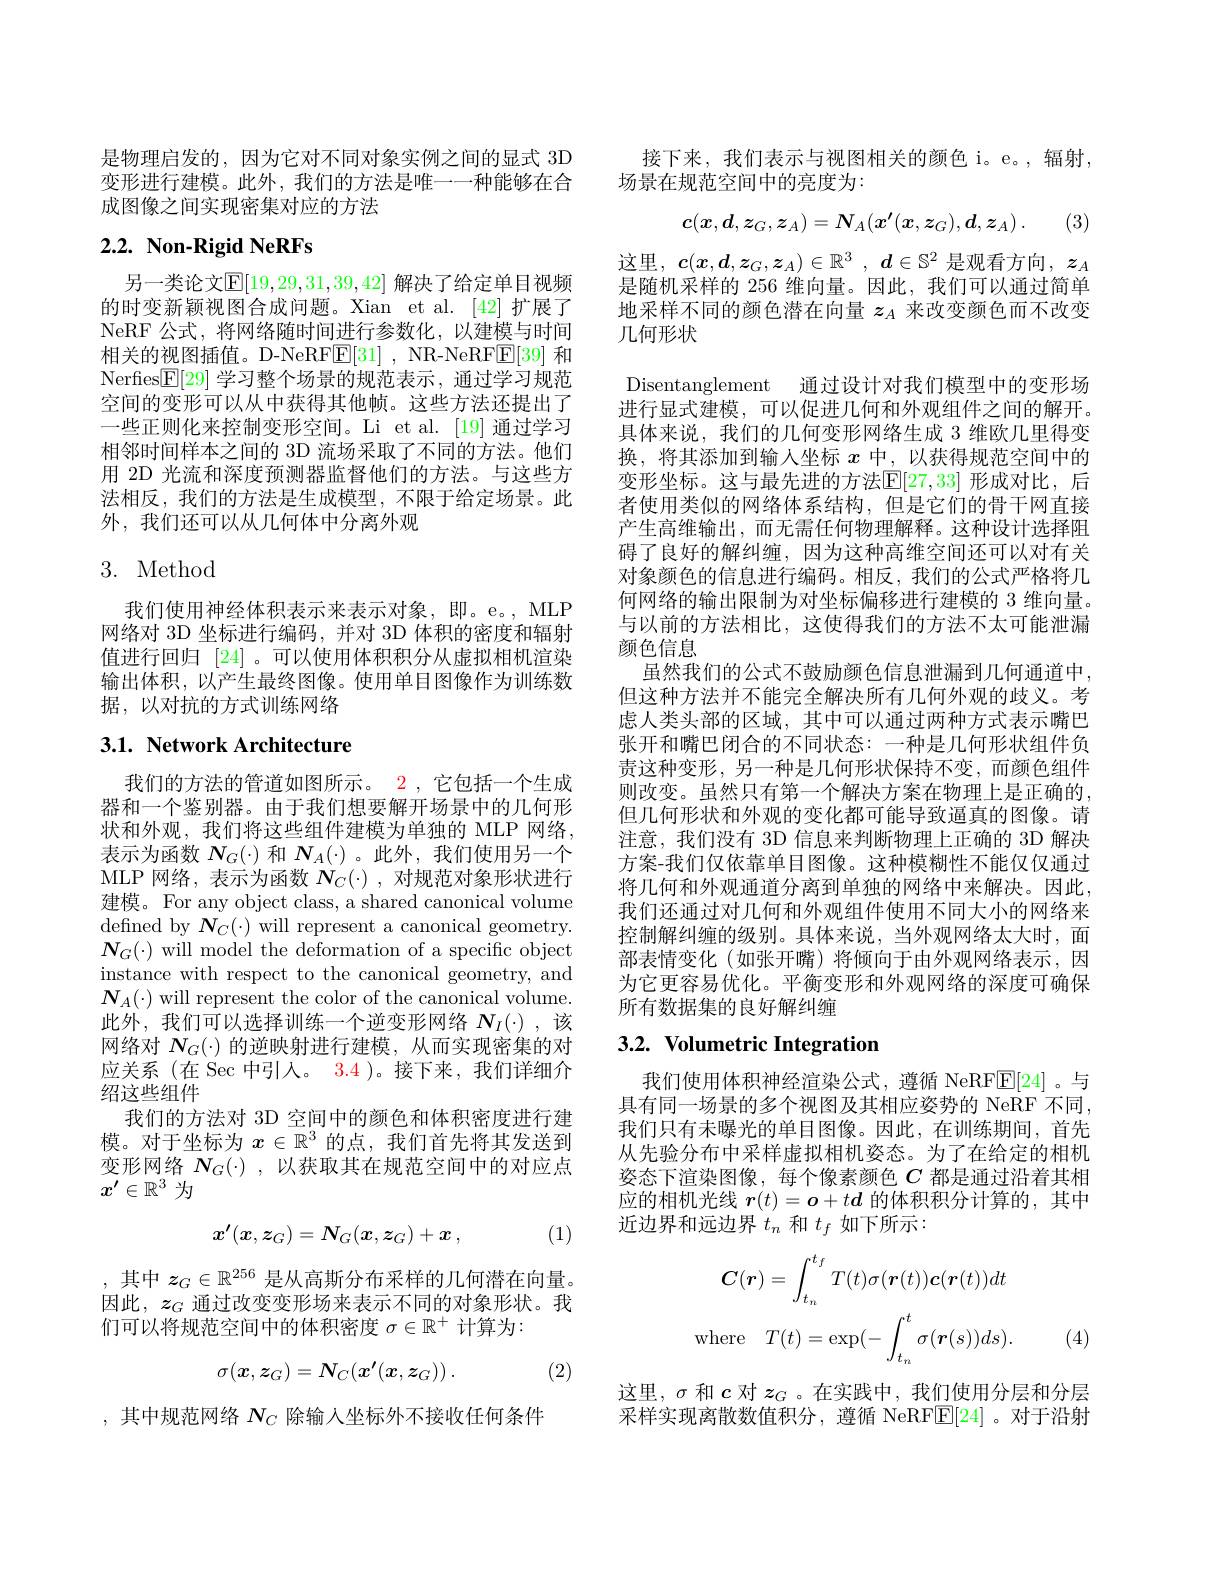
是物理启发的，因为它对不同对象实例之间的显式 3D 变形进行建模。此外，我们的方法是唯一一种能够在合成图像之间实现密集对应的方法

# 2.2. Non-Rigid NeRFs

另一类论文$\mathbb{E}[19,29,31,39,42]$ 解决了给定单目视频的时变新颖视图合成问题。Xian et al. [42] 扩展了NeRF 公式，将网络随时间进行参数化，以建模与时间相关的视图插值。D-NeRF$\mathbb{E}[31]$, NR-NeRFE[39] 和Nerfes$\boxed{\mathbb{F}}[29]$学习整个场景的规范表示，通过学习规范空间的变形可以从中获得其他帧。这些方法还提出了一些正则化来控制变形空间。Li et al.[19] 通过学习相邻时间样本之间的 3D 流场采取了不同的方法。他们用 2D 光流和深度预测器监督他们的方法。与这些方法相反，我们的方法是生成模型，不限于给定场景。此外，我们还可以从几何体中分离外观

# 3. Method

我们使用神经体积表示来表示对象，即。e。,MLP 网络对 3D 坐标进行编码，并对 3D 体积的密度和辐射值进行回归 [24] 。可以使用体积积分从虚拟相机渲染输出体积，以产生最终图像。使用单目图像作为训练数据，以对抗的方式训练网络

## 3.1. Network Architecture

我们的方法的管道如图所示。2, 它包括一个生成器和一个鉴别器。由于我们想要解开场景中的几何形状和外观，我们将这些组件建模为单独的 MLP 网络， 表示为函数$N_G(\cdot)$和$N_A(\cdot)$ 。此外，我们使用另一个MLP网络，表示为函数$N_C(\cdot)$,对规范对象形状进行建模。For any object class, a shared canonical volume defined by $\boldsymbol{N}_C(\cdot)$ will represent a canonical geometry. $N_G(\cdot)$ will model the deformation of a specific object instance with respect to the canonical geometry, and $\boldsymbol{N}_{A}(\cdot)$ will represent the color of the canonical volume. 此外，我们可以选择训练一个逆变形网络$N_I(\cdot)$,该网络对$\boldsymbol{N}_G(\cdot)$的逆映射进行建模，从而实现密集的对应关系 (在 Sec 中引入。3.4 )。接下来，我们详细介绍这些组件
我们的方法对 3D 空间中的颜色和体积密度进行建模。对于坐标为$x\in\mathbb{R}^3$的点，我们首先将其发送到变形网络$N_G(\cdot)$,以获取其在规范空间中的对应点$x^{\prime}\in\mathbb{R}^3$为
$$x'(x,z_G)=N_G(x,z_G)+x\:,$$
(1)

,其中$z_G\in\mathbb{R}^{256}$是从高斯分布采样的几何潜在向量。因此，$z_G$通过改变变形场来表示不同的对象形状。我们可以将规范空间中的体积密度$\sigma\in\mathbb{R}^+$计算为：
$$\sigma(\boldsymbol{x},\boldsymbol{z}_G)=\boldsymbol{N}_C(\boldsymbol{x}'(\boldsymbol{x},\boldsymbol{z}_G))\:.$$
(2)

,其中规范网络$N_C$除输入坐标外不接收任何条件

接下来，我们表示与视图相关的颜色 i。e。,辐射
场景在规范空间中的亮度为：
$$\boldsymbol{c}(\boldsymbol{x},\boldsymbol{d},\boldsymbol{z}_G,\boldsymbol{z}_A)=\boldsymbol{N}_A(\boldsymbol{x}'(\boldsymbol{x},\boldsymbol{z}_G),\boldsymbol{d},\boldsymbol{z}_A)\:.$$
(3)

这里，$c(x,d,z_G,z_A)\in\mathbb{R}^3,d\in\mathbb{S}^2$是观看方向，$z_A$ 是随机采样的 256 维向量。因此，我们可以通过简单地采样不同的颜色潜在向量$z_A$来改变颜色而不改变几何形状

Disentanglement 通过设计对我们模型中的变形场进行显式建模，可以促进几何和外观组件之间的解开。具体来说，我们的几何变形网络生成 3 维欧儿里得变换，将其添加到输入坐标$x$中，以获得规范空间中的变形坐标。这与最先进的方法$\mathbb{E}[27,33]$ 形成对比，后者使用类似的网络体系结构，但是它们的骨干网直接产生高维输出，而无需任何物理解释。这种设计选择阻碍了良好的解纠缠，因为这种高维空间还可以对有关对象颜色的信息进行编码。相反，我们的公式严格将几何网络的输出限制为对坐标偏移进行建模的 3 维向量。与以前的方法相比，这使得我们的方法不太可能泄漏颜色信息
虽然我们的公式不鼓励颜色信息泄漏到几何通道中， 但这种方法并不能完全解决所有几何外观的歧义。考虑人类头部的区域，其中可以通过两种方式表示嘴巴张开和嘴巴闭合的不同状态：一种是几何形状组件负责这种变形，另一种是几何形状保持不变，而颜色组件则改变。虽然只有第一个解决方案在物理上是正确的， 但几何形状和外观的变化都可能导致逼真的图像。请注意，我们没有 3D 信息来判断物理上正确的 3D 解决方案-我们仅依靠单目图像。这种模糊性不能仅仅通过将几何和外观通道分离到单独的网络中来解决。因此， 我们还通过对几何和外观组件使用不同大小的网络来控制解纠缠的级别。具体来说，当外观网络太大时，面部表情变化(如张开嘴)将倾向于由外观网络表示，因为它更容易优化。平衡变形和外观网络的深度可确保所有数据集的良好解纠缠

# 3.2. Volumetric Integration

我们使用体积神经渲染公式，遵循 NeRF$\mathbb{E}[24]$。与具有同一场景的多个视图及其相应姿势的 NeRF 不同， 我们只有未曝光的单目图像。因此，在训练期间，首先从先验分布中采样虚拟相机姿态。为了在给定的相机姿态下渲染图像，每个像素颜色$C$都是通过沿着其相应的相机光线$\boldsymbol r(t)=\boldsymbol{o}+t\boldsymbol{d}$的体积积分计算的，其中近边界和远边界$t_n$和$t_f$如下所示：
$$C(\boldsymbol{r})=\int_{t_{n}}^{t_{f}}T(t)\sigma(\boldsymbol{r}(t))\boldsymbol{c}(\boldsymbol{r}(t))dt\\\mathrm{where}\quad T(t)=\exp(-\int_{t_{n}}^{t}\sigma(\boldsymbol{r}(s))ds).$$
(4)

这里，$\sigma$和$c$对$z_G$ 。在实践中，我们使用分层和分层采样实现离散数值积分，遵循 NeRF$\underline{\mathrm{E}}[24]$。对于沿射